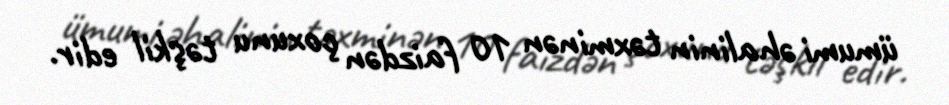
ümumi əhalinin təxminən 10 faizdən çoxunu təşkil edir.